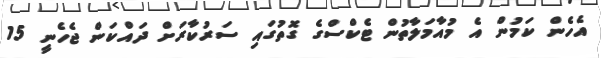
އެހެން ކަމުން އެ މުއާމަލާތުން ޓެކްސްގެ ގޮތުގައި ސަރުކާރަށް ދައްކަން ޖެހެނީ 15